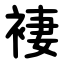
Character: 褄